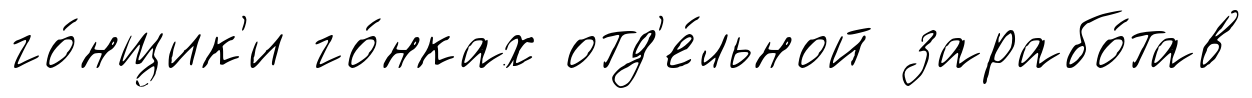
го́нщик'и го́нках отд'е́льной зарабо́тав